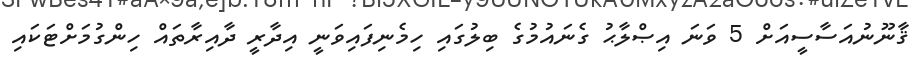
ޤާނޫނުއަސާސީއަށް 5 ވަނަ އިޞްލާޙު ގެނައުމުގެ ބިލުގައި ހިމެނިފައިވަނީ އިދާރީ ދާއިރާތައް ހިންގުމަށްޓަކައި